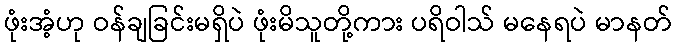
ဖုံးအံ့ဟု ဝန်ချခြင်းမရှိပဲ ဖုံးမိသူတို့ကား ပရိဝါသ် မနေရပဲ မာနတ်